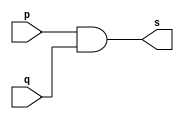
// ------------------------- 
// Exercicio01-09 - AND com 2 portas e 3 entradas
// Nome: Lucas Siqueira Chagas 
// ------------------------- 
// ------------------------- 
// -- and gate com 2 portas de 3 entradas
// ------------------------- 
module andgate ( output s, 
input p, 
input q
); 
assign s = p & q; 
endmodule // andgate 
// --------------------- 
// -- test and gate 
// --------------------- 
module testandgate; 
// ------------------------- dados locais 
reg a, b, c; // definir registradores 
wire s1, s; // definir conexao (fio) 
// ------------------------- instancia 
andgate AND1 (s1, a, b); 
andgate AND2 (s, s1, c);
// ------------------------- preparacao 
initial begin:start 
// atribuicao simultanea 
// dos valores iniciais 
a=0; b=0; c=0;
end 
// ------------------------- parte principal 
initial begin 
$display("Exercicio01-09 - Lucas Siqueira Chagas - 380783"); 
$display("Test AND gate com 2 portas de 2 entradas"); 
$display("\na & b & c = s\n"); 
$monitor("(%b & %b & %b ) = %b", a, b, c, s);
#1 a=0; b=0; c=0; 
#1 a=0; b=0; c=1;
#1 a=0; b=1; c=0;
#1 a=0; b=1; c=1;
#1 a=1; b=0; c=0;
#1 a=1; b=0; c=1;
#1 a=1; b=1; c=0;
#1 a=1; b=1; c=1;

end 
endmodule